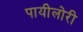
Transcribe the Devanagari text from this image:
पायीलोरी